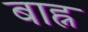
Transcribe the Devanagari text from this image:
बाह्न